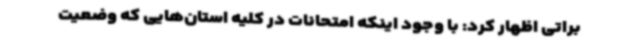
براتی اظهار کرد: با وجود اینکه امتحانات در کلیه استان‌هایی که وضعیت